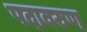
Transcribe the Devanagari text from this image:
पदावरुण